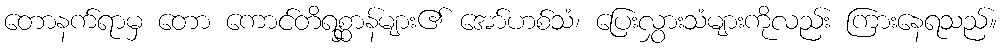
တောနက်ရာမှ တော ကောင်တိရစ္ဆာန်များ၏ အော်ဟစ်သံ၊ ပြေးလွှားသံများကိုလည်း ကြားနေရသည်။